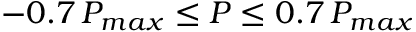
- 0 . 7 \, P _ { m a x } \le P \le 0 . 7 \, P _ { m a x }